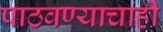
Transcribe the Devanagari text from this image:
पाठवण्याचाही